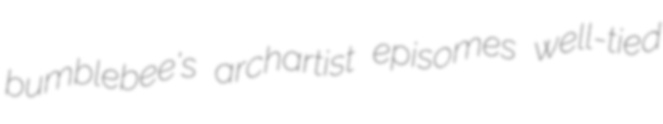
bumblebee's archartist episomes well-tied